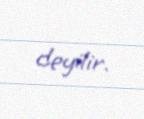
deyilir.